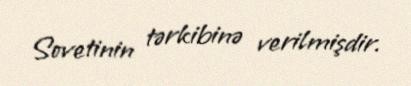
Sovetinin tərkibinə verilmişdir.